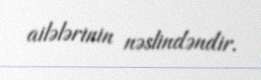
ailələrinin nəslindəndir.